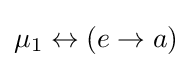
{\textstyle \mu _{1}\leftrightarrow (e\rightarrow a)}